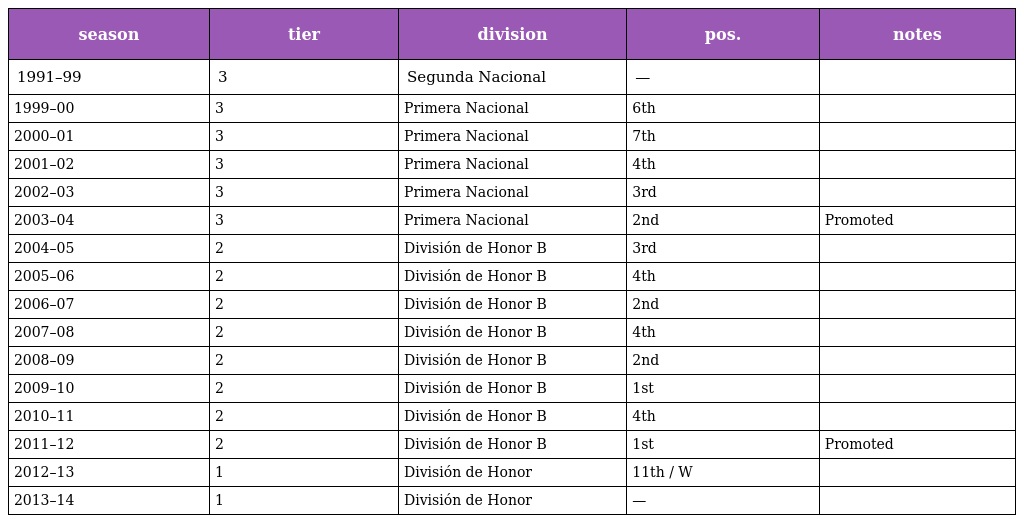
| season | tier | division | pos. | notes |
 | --- | --- | --- | --- | --- |
 | 1991–99 | 3 | Segunda Nacional | — |  |
 | 1999–00 | 3 | Primera Nacional | 6th |  |
 | 2000–01 | 3 | Primera Nacional | 7th |  |
 | 2001–02 | 3 | Primera Nacional | 4th |  |
 | 2002–03 | 3 | Primera Nacional | 3rd |  |
 | 2003–04 | 3 | Primera Nacional | 2nd | Promoted |
 | 2004–05 | 2 | División de Honor B | 3rd |  |
 | 2005–06 | 2 | División de Honor B | 4th |  |
 | 2006–07 | 2 | División de Honor B | 2nd |  |
 | 2007–08 | 2 | División de Honor B | 4th |  |
 | 2008–09 | 2 | División de Honor B | 2nd |  |
 | 2009–10 | 2 | División de Honor B | 1st |  |
 | 2010–11 | 2 | División de Honor B | 4th |  |
 | 2011–12 | 2 | División de Honor B | 1st | Promoted |
 | 2012–13 | 1 | División de Honor | 11th / W |  |
 | 2013–14 | 1 | División de Honor | — |  |